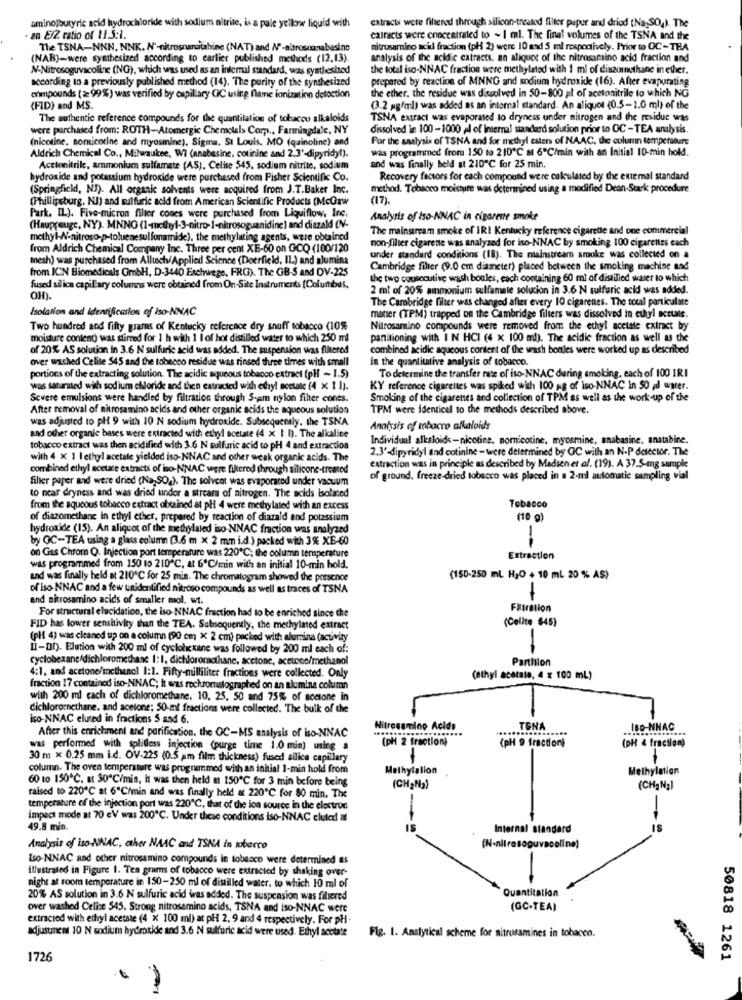
extracts were filtened through silicon-treated filter paper and dried (Na;SOg). The
aminojbutyric acid hydrochloride with sodium nitrite, is a pale yellow liquid with
- an E/Z ratio of 11.5:1.
calracts were concentrated to ~ I mi. The final volumes of the TSNA and the
The TSNA-NNN. NNK. N'-nitrosnandatahine (NAT) and N'-nitrosounabasino
mitrosamino acid fraction (pH 2) were 10 and 5 ml respectively. Prior to OC- TEA
(NAB)-were synthesized according to carlier published methods (12,13).
analysis of the acidic catracts. an aliquot of the nitrosamino acid fraction and
N-Nitrosoguvacoline (NG), which was used as an internal standard, was synthesized
the total iso-NNAC fraction were methylated with 1 ml of disonsthane in ether.
according to a previously published method (14). The purity of the synthesized
prepared by reaction of MNNG and sodium hydroxide (16). After evaporating
ohmpounds (=99%) was verified by capillary GC using flame ionization detoction
the ether. the residue was dissolved in 50-800 pl of acetonitrile to which NG
(FID) and MS.
(3.2 mg/ml) was added as an internal standard. An aliquot (0.5-1.0 ml) of the
The authentic reference compounds for the quantilation of tobacco alkaloids
TSNA extract was evaporated to dryness under nitrogen and the residue was
were purchased from: ROTH-Atomergic Chemolals Comp ., Farmingdale, NY
dissolved in 100-1000 al of Internal standard solution prior to OC -TEA analysis.
(nicotine, nomnicotine and myosmine), Sigma. St Louis, MO (quinoline) and
For the analysis of TSNA and for methyl ester of NAAC, the column temperature
was programmed from 150 to 210℃ al 6ºC/min with an Initial 10-min hold.
Aldrich Chemical Co ., Milwaukee, Wi (anabesine, cotinine and 2.3'-dipyridyt).
Acetonitrile, ammonium sulfamate (AS). Celite 545, sodium nitrite, sodium
and was finally beld at 210℃ for 25 min.
hydroxide and potassium hydroxide were purchased from Fisher Scientific Co.
Recovery factors for each compound were calculated by the external standard
(Springfield, NJ). All organic solvents were acquired from J.T.Baker Inc.
method. Tobacco moisture was determined using a modified Dean-Stark procedure
(Phillipsburg, NJ) and sulfuric acid from American Scientific Products (McGrw
(17).
Park. IL). Five-micron filter cones were purchased from Liquiflow, Inc.
Analysis of tso-NNAC in cigarette smoke
(Hauprouge, NY). MNNO (1-methyl-3-nitro-I-nitrosoguanidinc) and diazald (NV-
The mainstream smoke of IRI Kentucky reference cigarette and one commercial
methyl-N-nitroso-p-toluenesulfonamide). the methylating agents, were obtained
from Aldrich Chemical Company Inc. Three per cent XE-60 on GOQ (100/120
non-filter cigarette was analyzed for iso-NNAC by smoking 100 cigarettes cach
mesh) was purchased from Alltech/Applied Science (Deerfield, IL) and alumina
under standard conditions (18). The mainstream smoke was collected on a
from ICN Biomedicals GmbH, D-3440 Eschwege, FRG). The GB-S and DV-225
Cambridge filter (9.0 cm diameter) placed between the smoking machine nad
the two consecutive wash boules, each containing 60 ml of distilled water to which
fused silica capillary columns were obtained from On-Site Instruments [Columbus,
2 ml of 20% ammonium sulfamete solucion in 3.6 N sulfuric acid was added.
OH).
The Cambridge filter was changed after every 10 cigarenes. The total particulate
Isolation and Identification of iso-NNAC
mater (TPM) trapped on the Cambridge filters was dissolved in cuiyl acetate.
Two hundred and fifty grams of Kentucky reference dry snuff tobacco (10%
Nitrosamino compounds were removed from the ethyl acetate extract by
moisture content) was stirred for 1 h with 1 I of hot distilled water to which 250 ml
partitioning with I N HCI (4 x 100 ml). The acidic fraction as well as the
of 20% AS solution in 3.6 N sulfuric seid was added. The suspension was filtered
combined acidic aqueous content of the wash bonles were worked up as described
over washed Celite $45 and the tobacco residue was rinsed three times with small
in the quantitative analysis of tobacco.
To determine the transfer rate of iso-NNAC during smoking, each of 100 IRI
portions of the extracting solution. The acidic aqueous tobacco extract (pH - 1.5)
was sacarsted with sodium chloride and then catracked with ethyl acetate (4 x 1 1).
KY reference cigarettes was spiked with 100 g of iso-NNAC in 50 ad water.
Severe emulsions were handled by filtration through S-am nylon filter cones.
Smoking of the cigarettes and collection of TPM as well as the work-up of the
After removal of nitrosamino acids and other organic acids the aqueous solution
TPM were identical to the methods described above.
was adjusted to pH 9 with 10 N sodium hydroxide. Subsequently. the TSNA
Analysis of tobacco alkaloids
and other organic bases were extracted with ethyl acetate (4 x 1 h). The alkaline
Individual alkaloids-nicotine. nomnicotine. myosmine, anabasine. unatabire.
tobacco extract was then acidified with 3.6 N sulfuric acid to pH 4 and extraction
2.3'-dipyridyl and cotinine -were determined by OC with an N-P detector. The
with 4 x 1 I ethyl acetate yielded iso-NNAC and other weak organic acids- The
combined ethyl acetate extracts of iso-NNAC were filtered through silicone-treated
extraction was in principle as described by Madsen et al. (19). A 37.5-mg sample
filter paper and were dried (Na,SO,). The solvent was evaporated under vacuum
of ground, freeze-dried tobacco was placed in . 2-ml automatic sampling vial
to near dryness and was dried under a streams of nitrogen. The acids isolmed
from the aqueous tobacco extract obtained at pl 4 were methylated with an excess
Tobacco
of diazomethane in ethyl ether, prepared by reaction of diazald and potassium
(10 g)
hydroxide (15). An aliquot of the methylated iso NNAC fraction was analyzed
by OC-TEA using a glass column (3.6 m × 2 mm i.d.) packed with 3% XE-60
on Gas Chrom Q. Injection port temperature was 220℃; the column temperature
--
Extraction
was programmed from 150 to 210"℃, at 6ºC/min with an initial 10-min hold.
und was finally held at 210℃ for 25 min. The chromatogram showed the presence
(150-250 ml H2O + 10 mL 20 % AS)
of iso-NNAC and a few unidentified nitroso compounds as well as traces of TSNA
and nitrosamino acids of smaller mol. w.
For structural elucidation, the iso-NNAC fraction had to be enriched since the
FRIration
(Cellte $45)
FID has lower sensitivity than the TEA. Subsequently, the methylmed extract
(pl{ 4) was cleaned up on a column (90 cm x 2 cm) packed with alumina (activity
LI-Df). Elution with 200 ml of cyclohexane was followed by 200 ml each of:
cyclohexane/dichloromethane 1: 1, dichloromethane, acetone, acetone/methanol
Partition
4:1, and acetone/methanol 1:1. Fifty-milliliter fractions were collected. Only
(ethyl acetate, 4 x 100 ml)
fraction 17 contained iso-NNAC; it was rochromatographed on an alumina column
with 200 ml cach of dichloromethane. 10, 25, 50 and 75% of moetone in
dichlorornethane. and acetone: 50-ml fractions were collected. The bulk of the
iso-NNAC eluted in fractions S and 6.
After this enrichment and purification. the GC-MS analysis of iso-NNAC
mine Acids
....
.....
TSNA
IBO-NNAC
(pH 2 fraction)
(pH 9 fraction)
was performed with splitless injection (purge time 1.0 min) using a
(pH & fraction)
30 m x 0.25 mm i.d. OV-225 (0.5 am film thickness) fused silica capillary
column. The oven temperature was programmed with an initial 1-min hold from
Methylalion
Methylation
60 to 150℃. at 30"C/min, it was then held at 150℃ for 3 min before being
(CH2Na)
(CH, Na]
raised to 220℃ at 6"C/min and was finally held at 220℃ for 80 min. The
-
temperature of the injection port was 220℃, that of the lon source in the electron
impact mode at 70 eV was 200℃. Under these conditions iso-NNAC cluled at
49.8 mio.
Internal standard
(N-nitrosoguvacoline)
Analysis of iso-NNAC. other NAAC and TSNA in tobacco
Iso-NNAC and other nitrosamino compounds in tobacco were determined as
illustrated in Figure I. Tea grams of tobacco were extracted by shaking over-
night at room temperature in 150-250 ml of distilled water, to which 10 ml of
Quantitation
20% AS solution in 3.6 N sulfuric acid was added. The suspension was filtered
over washed Celine 545. Strong nitrosamino acids, TSNA and iso-NNAC were
(GC-TEA)
extracted with ethyl acetate (4 x 100 ml) at pH 2, 9 and 4 respectively. For pH .
adjusunemt 10 N sodium hydroxide and 3.6 N sulfuric acid were used. Ethyl acetate
Flg. I. Analytical scheme for nitrosamines in tobacco.
1726
50818 1261
.€